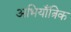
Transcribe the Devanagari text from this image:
अभियाँत्रिक